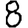
Digit: 8